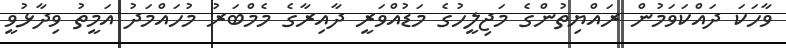
ވާހަކަ ދައްކަވަމުން ރައްޔިތުންގެ މަޖިލީހުގެ މަޑުއްވަރީ ދާއިރާގެ މެމްބަރު މުހައްމަދު އަމީތު ވިދާޅުވީ